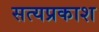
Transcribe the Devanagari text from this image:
सत्‍यप्रकाश